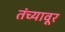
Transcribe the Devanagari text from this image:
तंच्यावूर